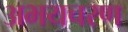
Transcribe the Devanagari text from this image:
अभयचरण